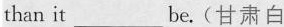
than it ___be.(甘肃白